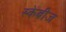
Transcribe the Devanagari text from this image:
स्केबीज